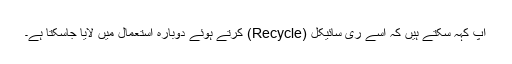
آپ کہہ سکتے ہیں کہ اسے ری سائیکل (Recycle) کرتے ہوئے دوبارہ استعمال میں لایا جاسکتا ہے۔